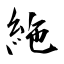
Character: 絁